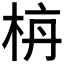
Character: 𪲌